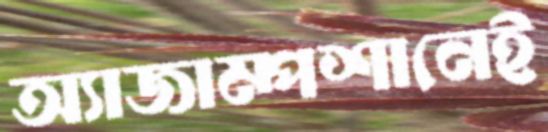
অ্যাজাম্পশানেই